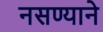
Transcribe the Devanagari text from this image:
नसण्याने